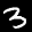
Label: 3